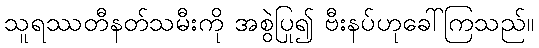
သူရဿတီနတ်သမီးကို အစွဲပြု၍ ဗီးနပ်ဟုခေါ်ကြသည်။